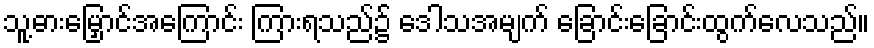
သူ့ဓားမြှောင်အကြောင်း ကြားရသည်၌ ဒေါသအမျက် ခြောင်းခြောင်းထွက်လေသည်။